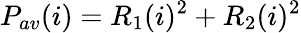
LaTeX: P_{av}(i)=R_{1}(i)^{2}+R_{2}(i)^{2}